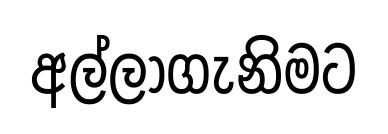
අල්ලාගැනිමට